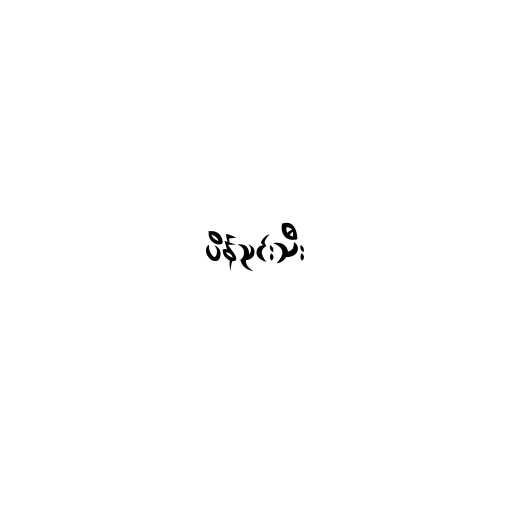
ပိန်ညင်းသီး